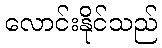
လောင်းနိုင်သည်